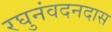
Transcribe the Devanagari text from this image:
रघुनंवदनदास